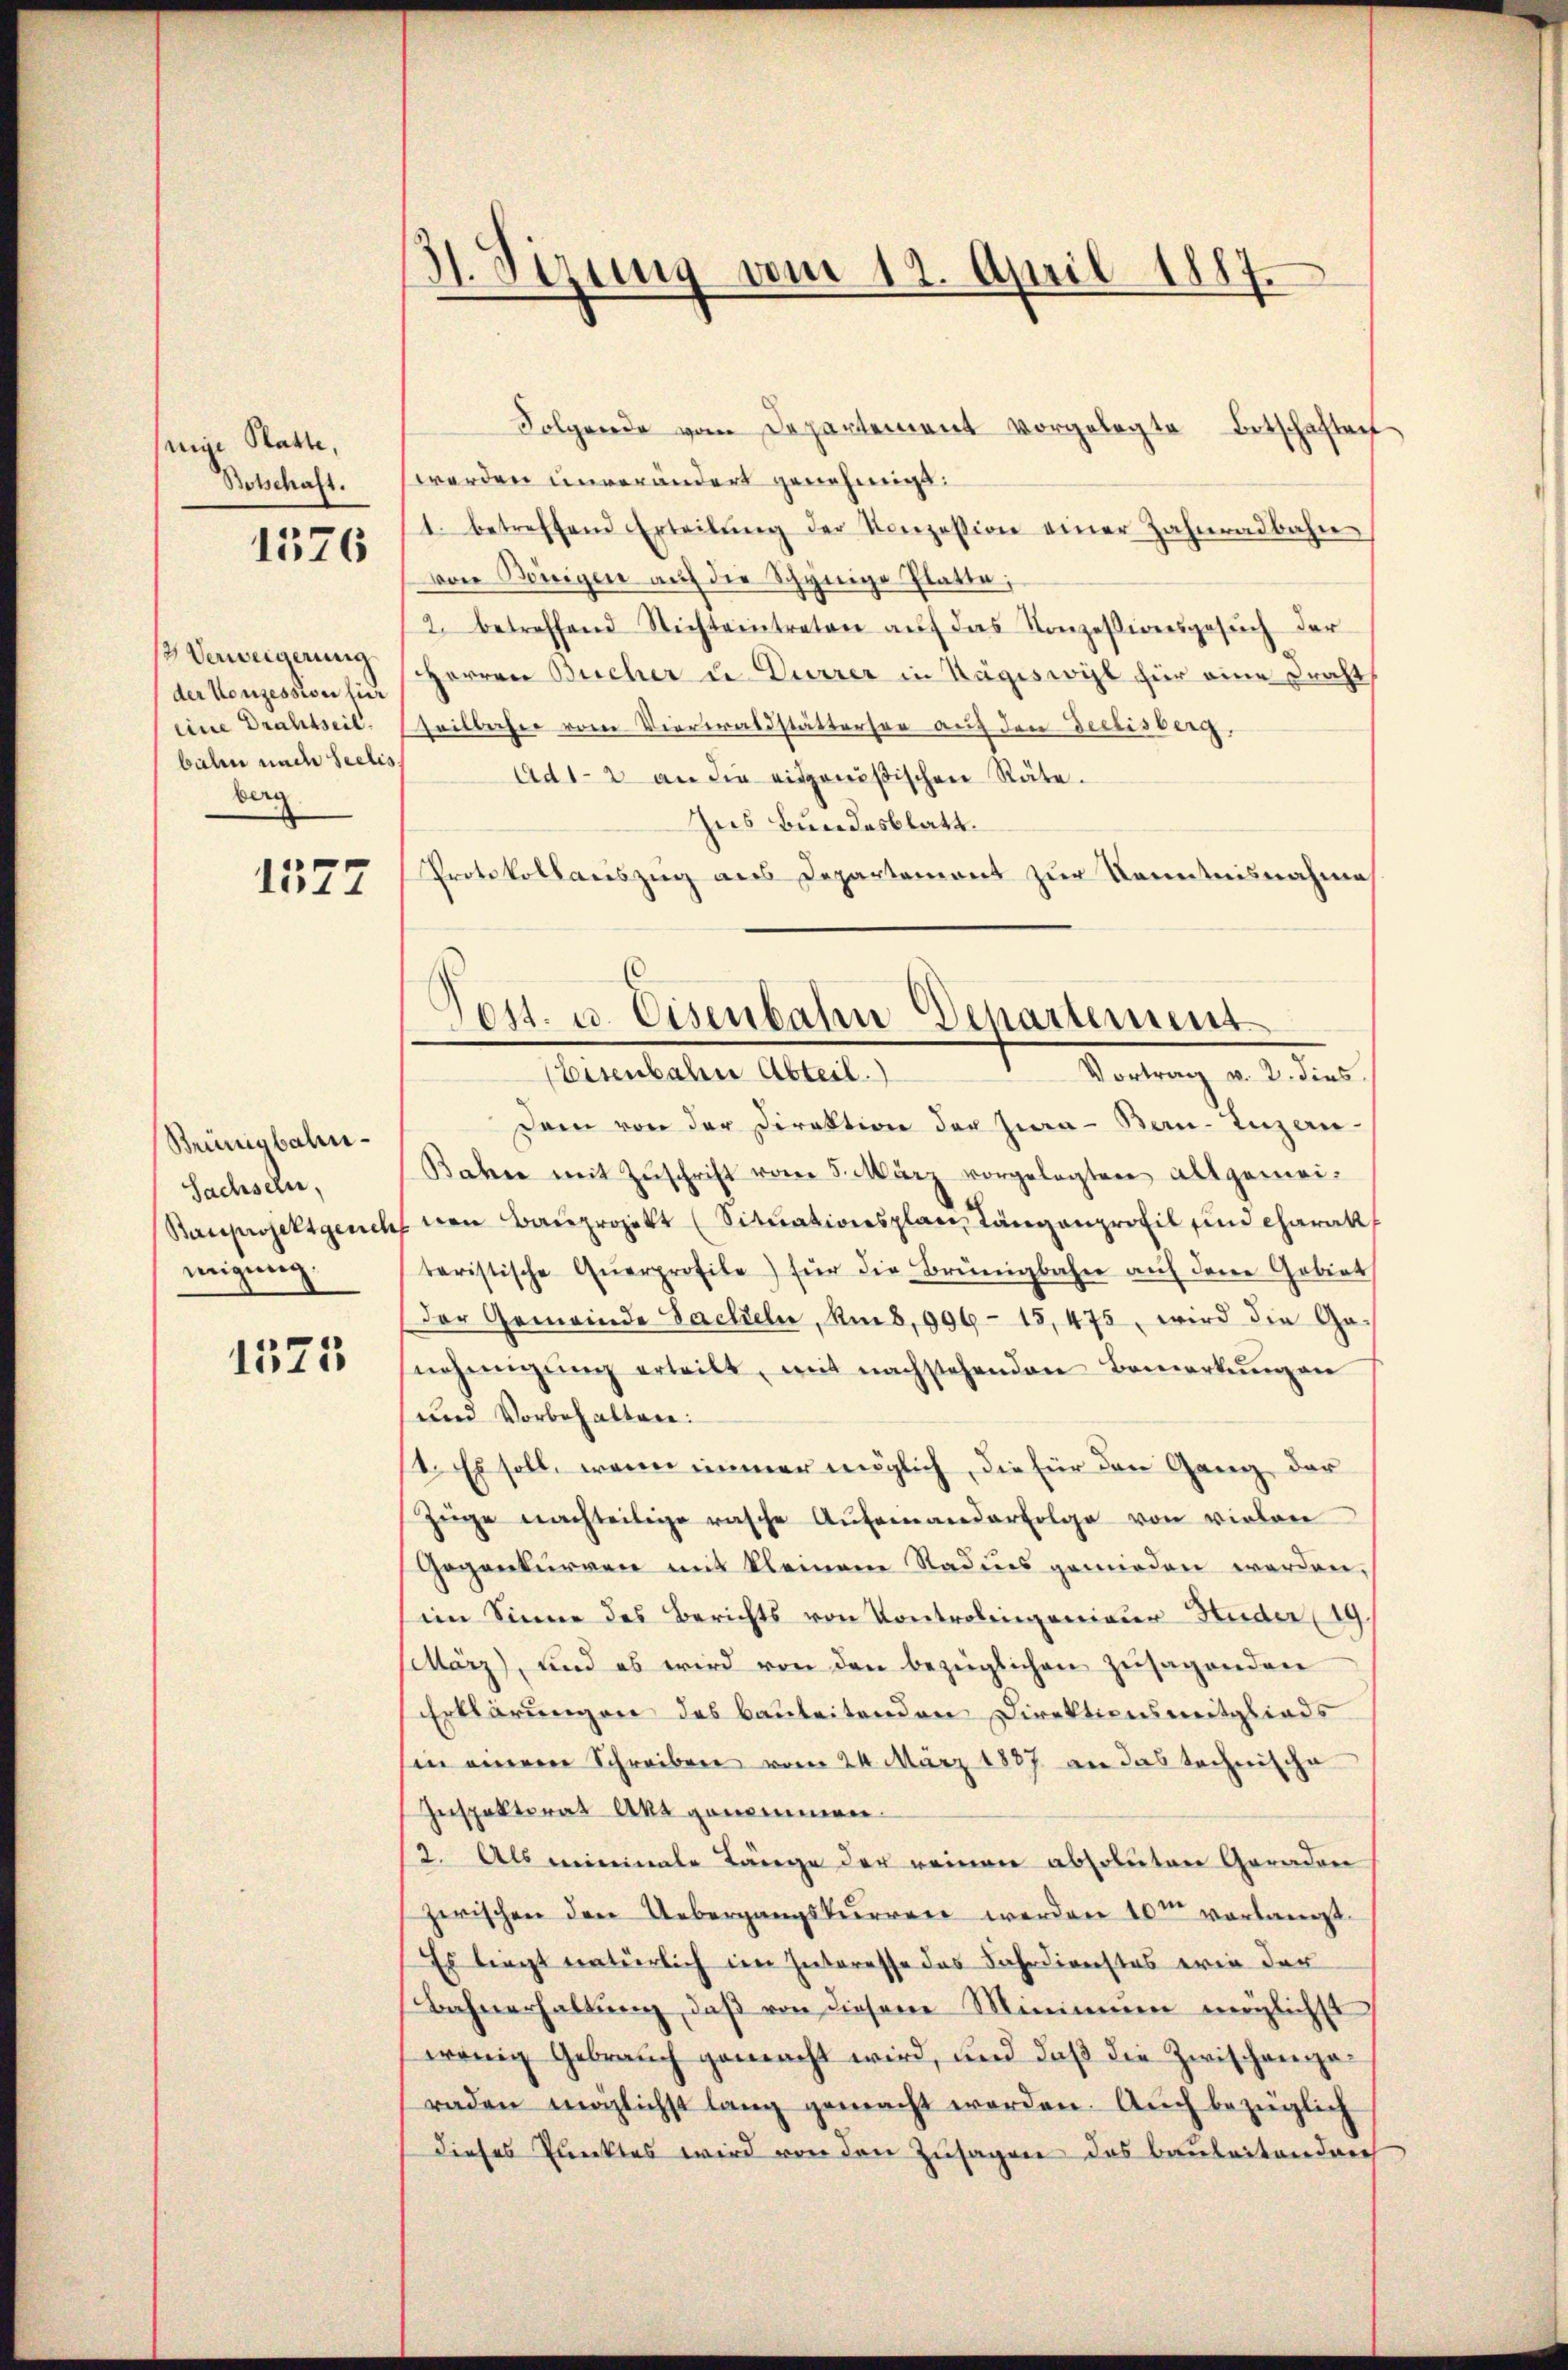
seine Statte,
Botschaft.

1376

Verweigerung
der Konzession für
balen und Seelis
berg

1577

Beünigbahn¬
Sachseln,
Bauprojektgerich
migung.

1525

31. Verung vom 12. April 1887.

Folgende vom Departement vorgelegte Botschaften
werden unverändert genehmigt:
1. betreffend Erteilŭng der Konzession einer Zahnradbahn
von Königen auf die Schynige Platte;
2. betreffend Nichteintreten aŭf das Konzessionsgesŭch der
Herren Bucher u. Dürrer in Hägiswil für eine Draht
eine Drahtseil. heilbahn vom Vierwaldstättersee auf den declisberg.
Ad 1-2 an die eidgenößischen Räte.
Zus Bundesblatt.
Protokollauszug aus Departement zur Kenntnisnahme
Tost. u. Eisenbahn Departement

Dem von der Direktion der Zwa-Ben-Inzen-
Bahre mit Zŭschrift vom 5. März vorgelegten Altgemei-
nen Bauprojekt (Sitŭationsplan Langenprofil und Charakt
taristische Querprofile) für die Brüngbahn auf den Gebiet
Der Gemeinde Sacheln, Rib, 996 - 15,475, wird die Genehmigŭng erteilt, mit nachstehenden Bemerkŭng an
und Vorbehalten:
1. Es soll, wenn immer möglich, die für den Gang der
Züge nachteilige rasche Aufeinanderfolge von vielen
Gegenturren mit kleinem Radies gemieden werden,
im Sinne des Berichts von Kontrolingenieur-Huder (19
ilärz), und es wird von den bezüglichen Zusagenden
Erklärungen des bauleitenden Direktionsmitglieds
in einere Schreiben vom 24. März 1887 an das technische
Zespektorat Akt genommen.
2. Als meineinale Länge der reinen absoluten Geraden
zwischen den Uebergangskurren werden 10m vorlangt.
Es liegt natürlich im Interesse das Jahrdienstes ein der
Bahnerhaltung, daß von diesem Minimum möglichst
wenig Gebrauch gemacht wird, und daß die Zwischengaraden möglichst lang gemacht worden. Auch bezüglich
dieses Punktes wird von den Zusagen das Bauleitendere

Eisenbahn Abteil.
Vortrag v. 2. dies